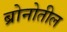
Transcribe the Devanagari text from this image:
ब्रोनोतील